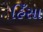
હિઁસા